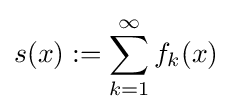
s(x):=\sum _{k=1}^{\infty }f_{k}(x)